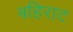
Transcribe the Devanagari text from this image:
बहिराट